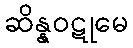
ဆိန္နဝဋုမေ